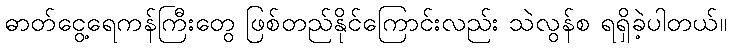
ဓာတ်ငွေ့ရေကန်ကြီးတွေ ဖြစ်တည်နိုင်ကြောင်းလည်း သဲလွန်စ ရရှိခဲ့ပါတယ်။